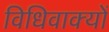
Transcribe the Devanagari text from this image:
विधिवाक्यों